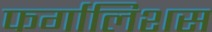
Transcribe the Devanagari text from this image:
फर्गालिशस